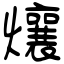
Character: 爙